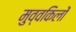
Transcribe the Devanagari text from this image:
मुव्वकिलों